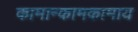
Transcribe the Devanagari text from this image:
कामान्कामकामाय